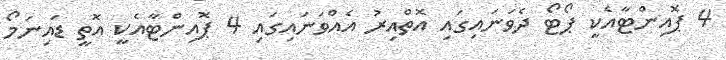
4 ޕޮއިންޓާއެކީ ޕޯޓޯ ދެވަނައިގައި އޮތްއިރު އެއްވަނައިގައި 4 ޕޮއިންޓާއެކީ އޮތީ ޑައިނަމޯ